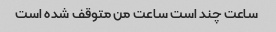
ساعت چند است ساعت من متوقف شده است